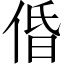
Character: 𠉣